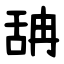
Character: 舑